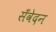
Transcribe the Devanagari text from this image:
सँवेदन